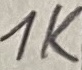
Text: 1K